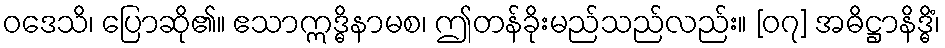
ဝဒေသိ၊ ပြောဆို၏။ ဧသာဣဒ္ဓိနာမစ၊ ဤတန်ခိုးမည်သည်လည်း။ [၀၇] အဓိဋ္ဌာနိဒ္ဓိံ၊